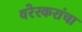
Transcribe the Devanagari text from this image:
वरेरकरांचा